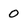
Character: 0